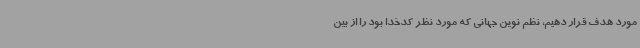
مورد هدف قرار دهیم، نظم نوین جهانی که مورد نظر کدخدا بود را از بین